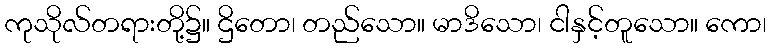
ကုသိုလ်တရားတို့၌။ ဌိတော၊ တည်သော။ မာဒိသော၊ ငါနှင့်တူသော။ ကော၊